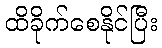
ထိခိုက်စေနိုင်ပြီး